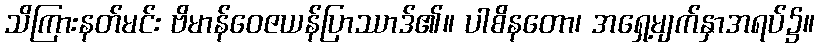
သိကြားနတ်မင်း ဗိမာန်ဝေဇယန်ပြာဿာဒ်၏။ ပါစိနတော၊ အရှေ့မျက်နှာအရပ်၌။